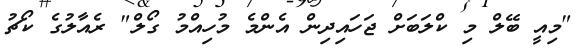
"މިއީ ބޭލް މި ކްލަބަށް ޖަހައިދިން އެންމެ މުހިއްމު ގޯލް" ރެއާލުގެ ކޯޗު